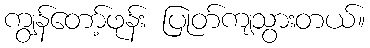
ကျွန်တော့်ဖုန်း ပြုတ်ကျသွားတယ်။